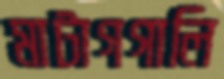
মাটাগগালি